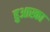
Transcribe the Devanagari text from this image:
हुआस्का